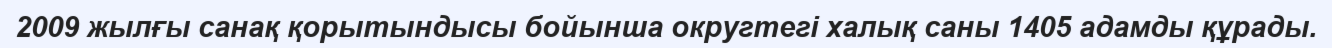
2009 жылғы санақ қорытындысы бойынша округтегі халық саны 1405 адамды құрады.